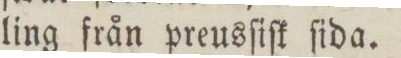
ling från preusſiſk ſida.